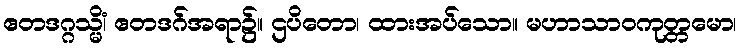
ဧတဒဂ္ဂသ္မိံ၊ ဧတဒဂ်အရာ၌။ ဌပိတော၊ ထားအပ်သော။ မဟာသာဝကုတ္တမော၊